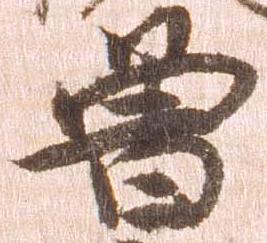
曾